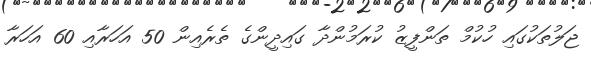
ޖަލުތަކުގައި ހުކުމް ތަންފީޒު ކުރަމުންދާ ގައިދީންގެ ތެރެއިން 50 އަހަރާއި 60 އަހަރާ